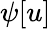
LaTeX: \psi[u]